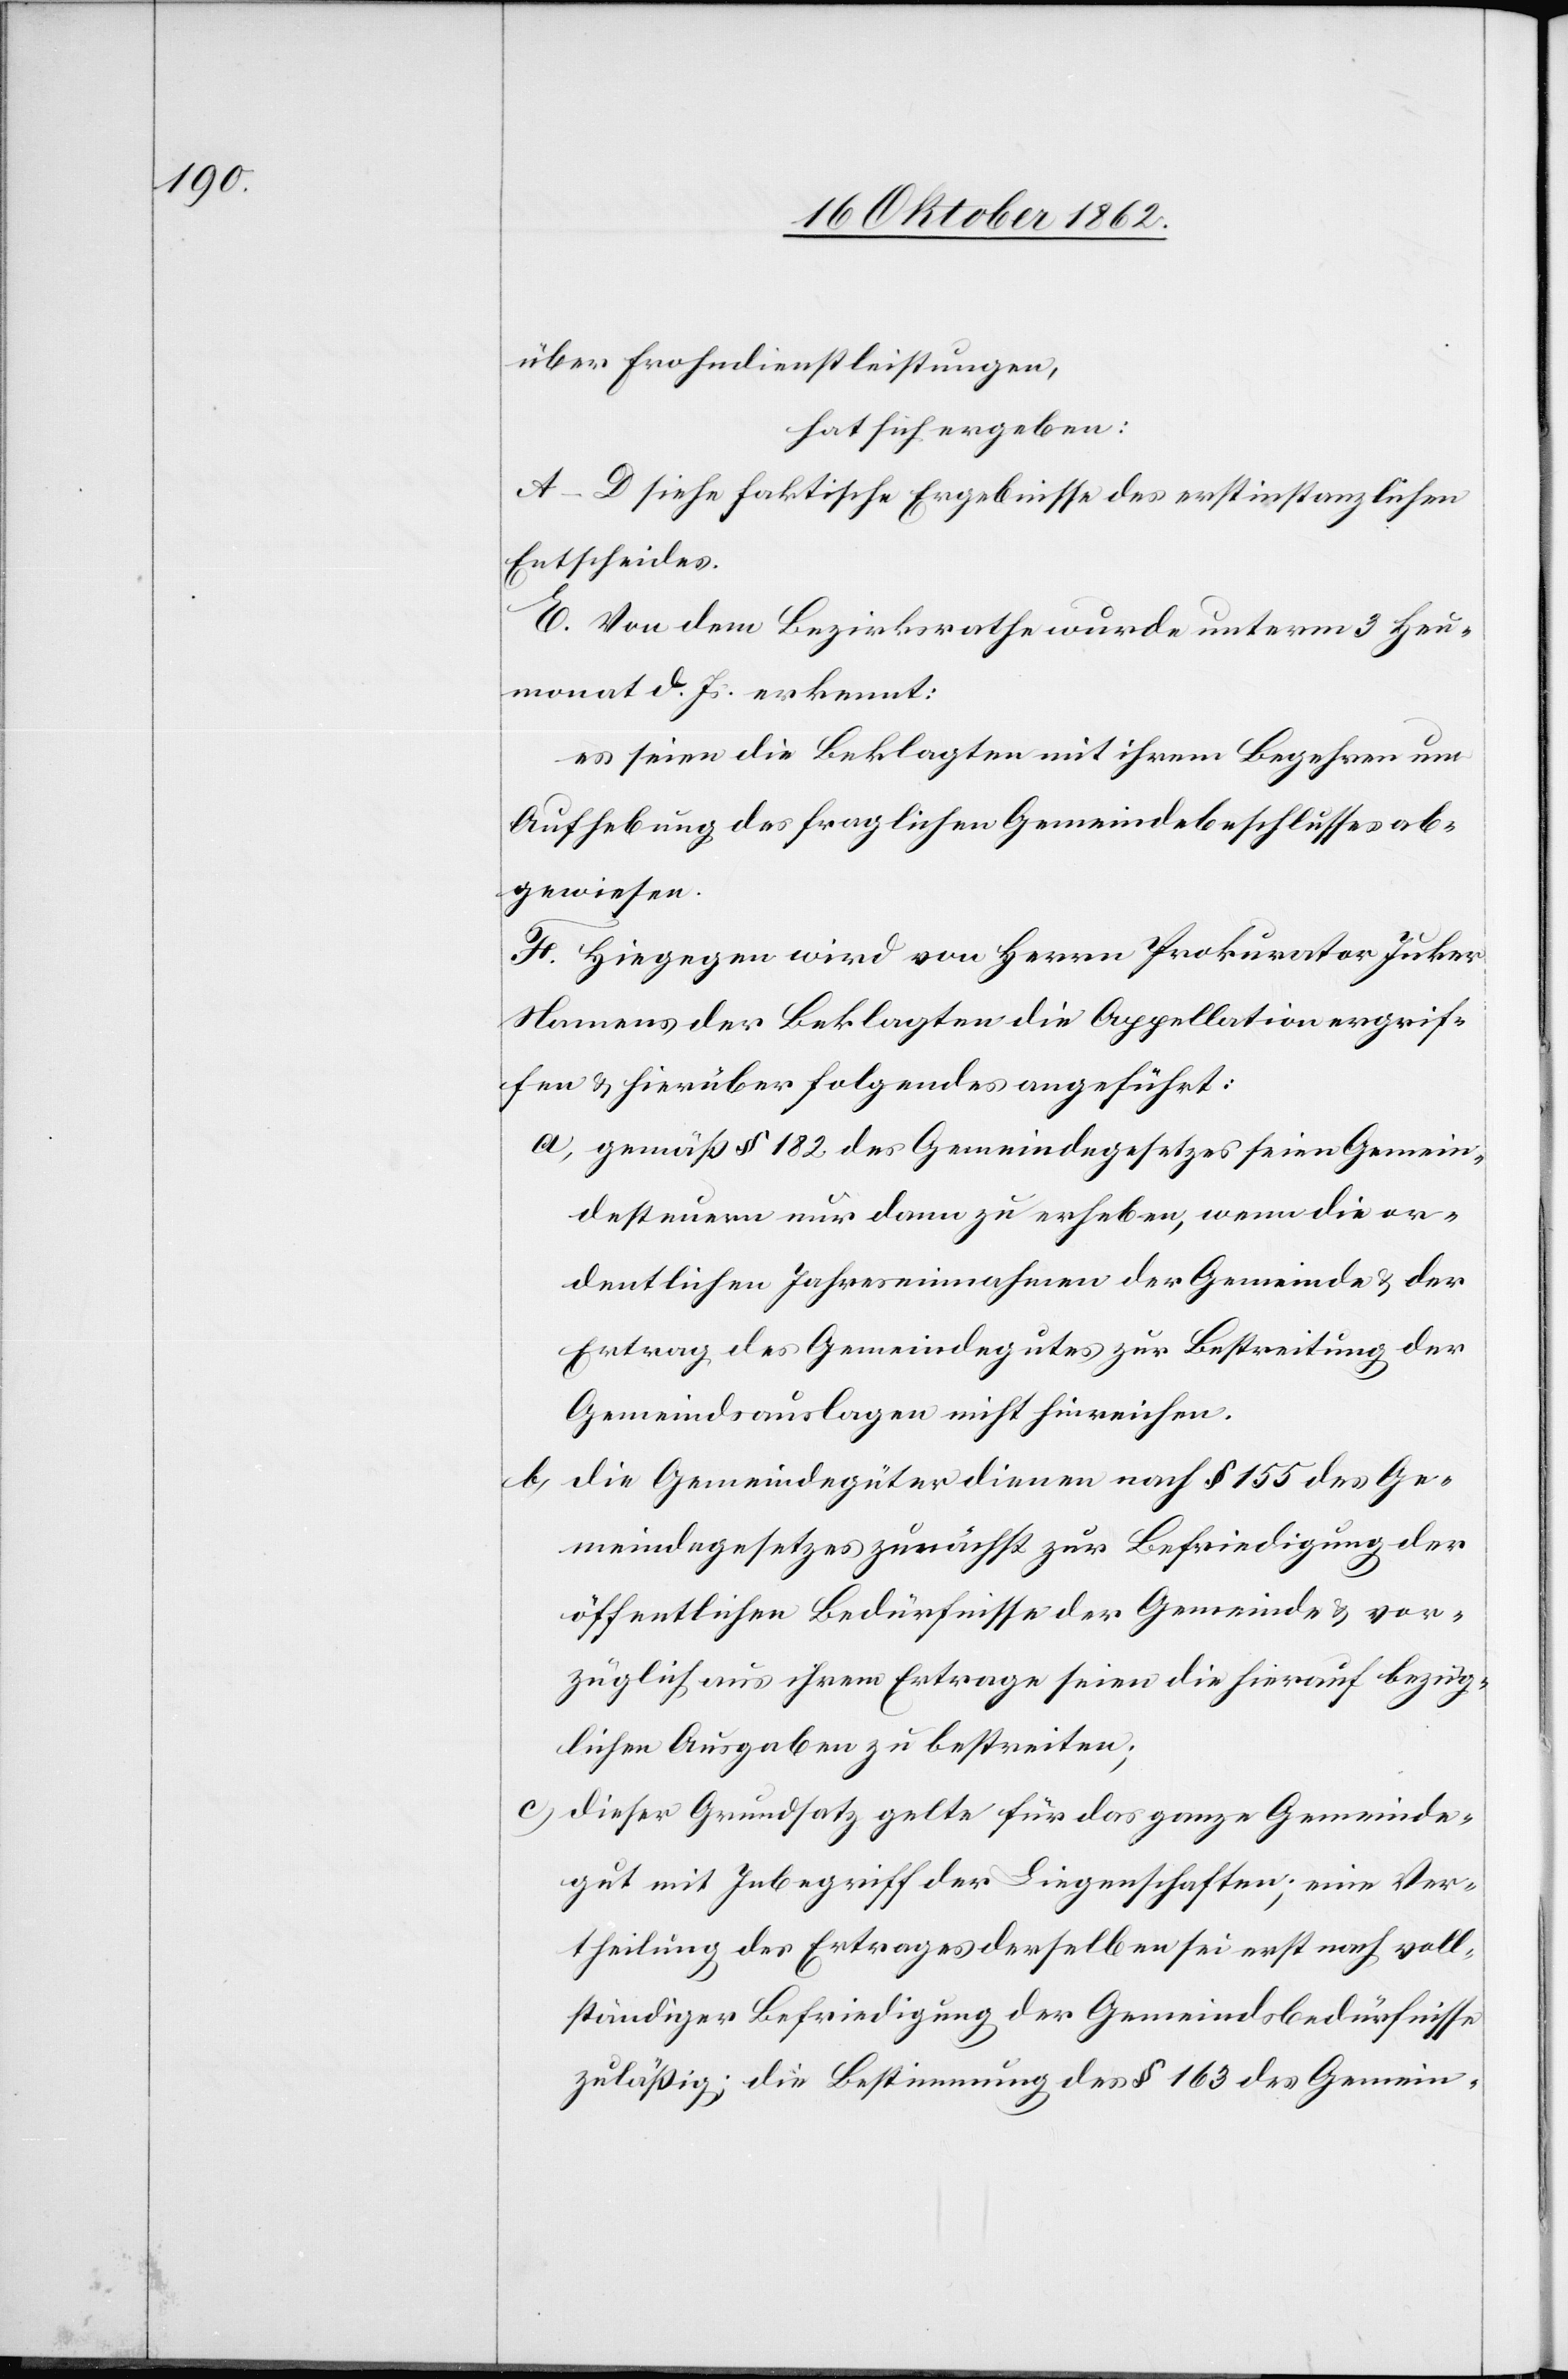
über Frohndienstleistungen,
hat sich ergeben:
A–D siehe faktische Ergebnisse des erstinstanzlichen
Entscheides.
E. Von dem Bezirksrathe wurde unterm 3. Heu¬
monat d. Js. erkennt:
es seien die Beklagten mit ihren Begehren um
Aufhebung des fraglichen Gemeindebeschlusses ab¬
gewiesen.
F. Hiegegen wird von Herrn Prokurator Juker
Namens der Beklagten die Appellation ergrif¬
fen u. hierüber folgendes angeführt:
a. gemäß § 182 des Gemeindegesetzes seien Gemein¬
desteuern nur dann zu erheben, wenn die or¬
dentlichen Jahreseinnahmen der Gemeinde u. der
Ertrag des Gemeindegutes zur Bestreitung der
Gemeindsauslagen nicht hinreichen.
b. die Gemeindegüter dienen nach § 155 des Ge¬
meindegesetzes zunächst zur Befriedigung der
öffentlichen Bedürfnisse der Gemeinde u. vor¬
züglich aus ihrem Ertrage seien die hierauf bezüg¬
lichen Ausgaben zu bestreiten;
c. dieser Grundsatz gelte für das ganze Gemeinde¬
gut mit Inbegriff der Liegenschaften; eine Ver¬
theilung des Ertrages derselben sei erst nach Voll¬
ständiger Befriedigung der Gemeindsbedürfnisse
zuläßig; die Bestimmung des § 163 des Gemein-